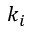
k _ { i }